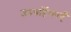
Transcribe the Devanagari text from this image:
उपबर्हिकाएँ